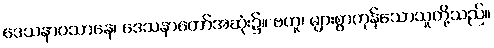
ဒေသနာဝသာနေ၊ ဒေသနာတော်အဆုံး၌။ ဗဟူ၊ များစွာကုန်သောသူတို့သည်။